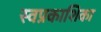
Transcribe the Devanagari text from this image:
स्वप्रकाशिका